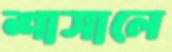
শাসালে